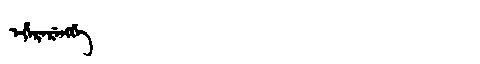
Manchu: ᡝᡥᡝᡵᡝᡵᡝᠩᡤᡝ
Romanization: EHERERENGGE